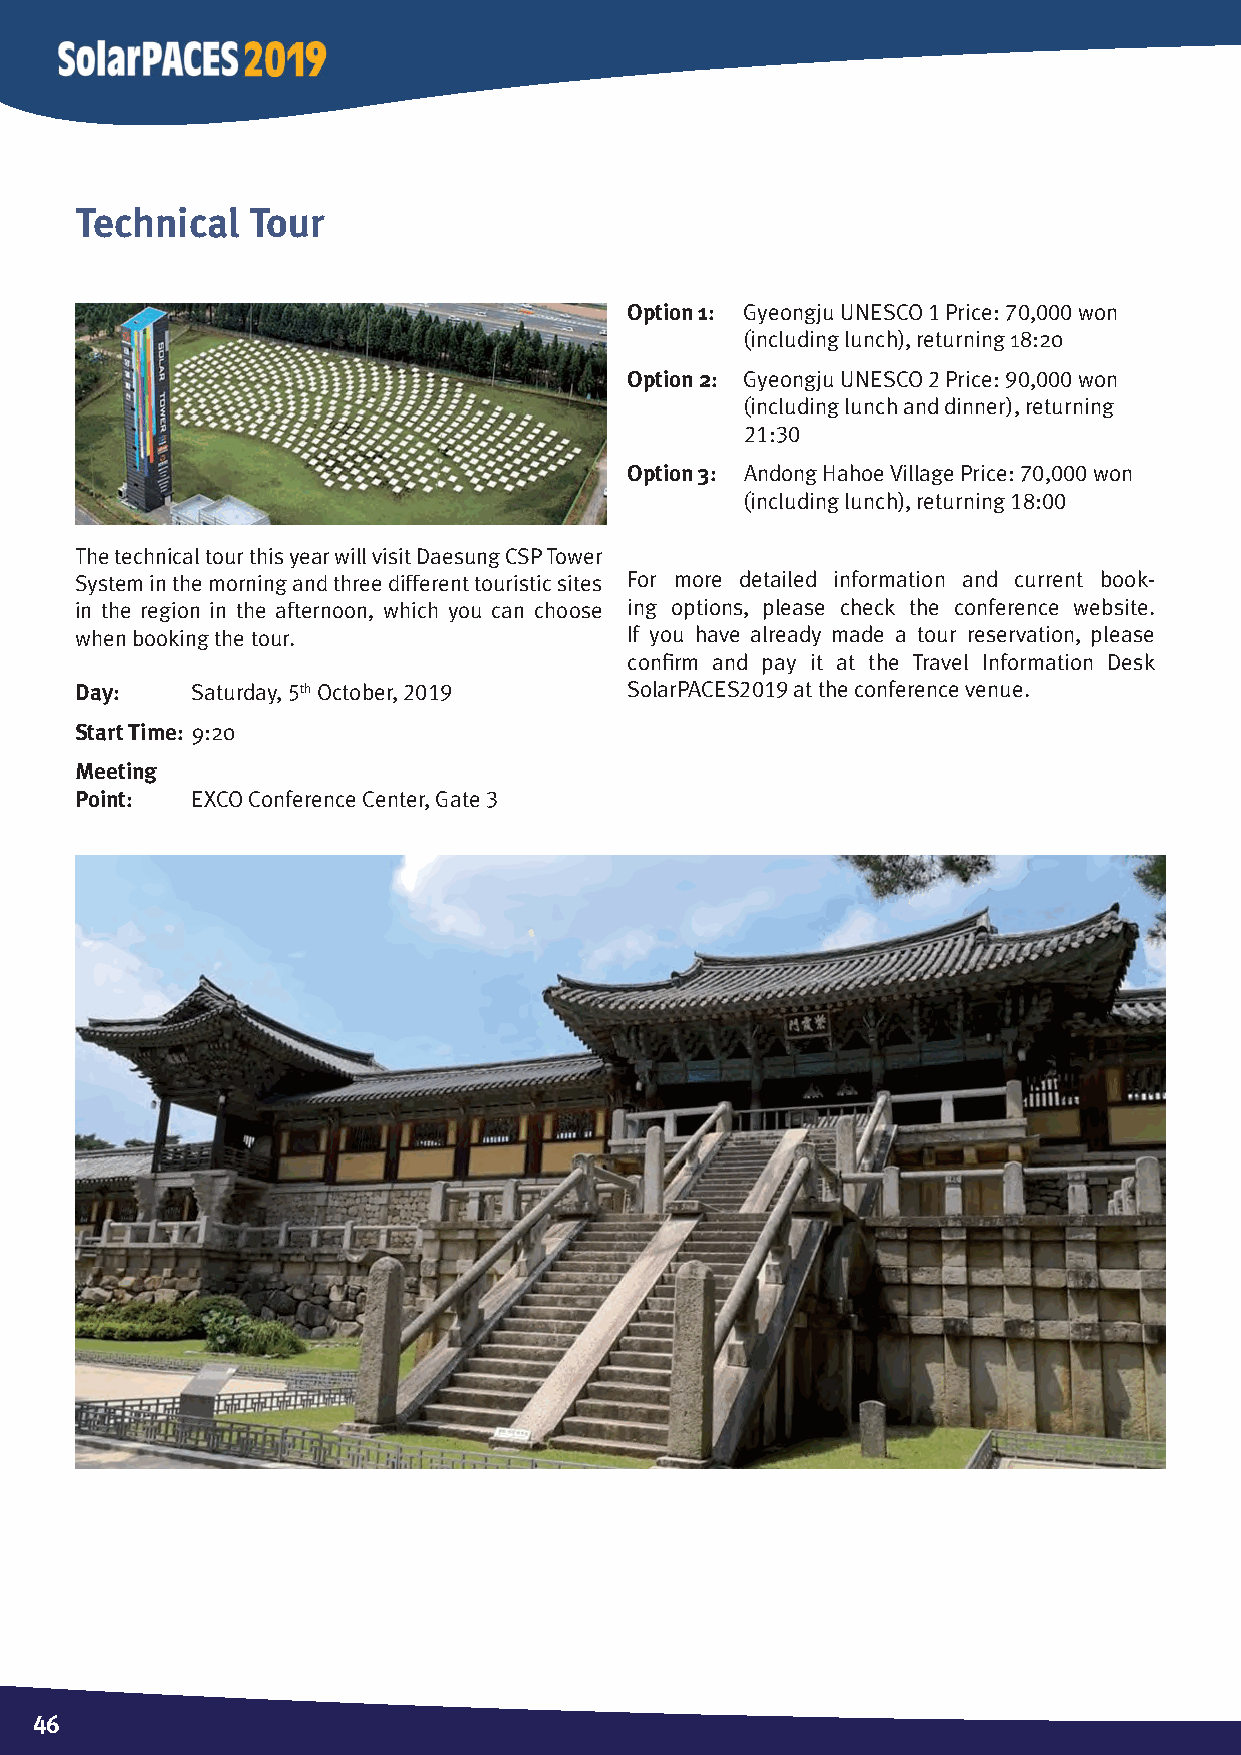
Technical  Tour
 Option 1: Gyeongju UnESCo 1 Price: 70,000 won
 (including lunch), returning 18:20
 Option 2: Gyeongju UnESCo 2 Price: 90,000 won
 (including lunch and dinner), returning
 21:30
 Option 3: andong Hahoe Village Price: 70,000 won
 (including lunch), returning 18:00
 The technical tour this year will visit daesung CSP Tower
 System in the morning and three different touristic sites For more detailed information and current book-
 in the region in the afternoon, which you can choose ing options, please check the conference website.
 when booking the tour.              If you have already made a tour reservation, please
 confi rm and pay it at the Travel Information desk
 Day:    Saturday, 5th october, 2019 SolarPaCES2019 at the conference venue.
 Start Time: 9:20
 Meeting
 Point:  EXCo Conference Center, Gate 3
 46